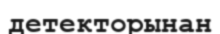
детекторынан